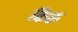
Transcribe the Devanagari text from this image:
किरु